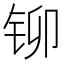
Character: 铆